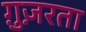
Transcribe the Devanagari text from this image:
ग़ुज़रता